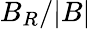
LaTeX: B_{R}/|B|